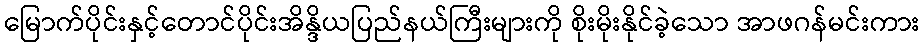
မြောက်ပိုင်းနှင့်တောင်ပိုင်းအိန္ဒိယပြည်နယ်ကြီးများကို စိုးမိုးနိုင်ခဲ့သော အာဖဂန်မင်းကား